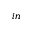
_ { i n }